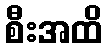
စီးအထိ